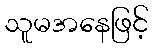
သူမအနေဖြင့်